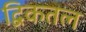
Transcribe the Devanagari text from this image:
द्विकतल